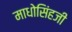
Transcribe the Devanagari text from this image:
माधोसिंहजी